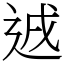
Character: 䢕